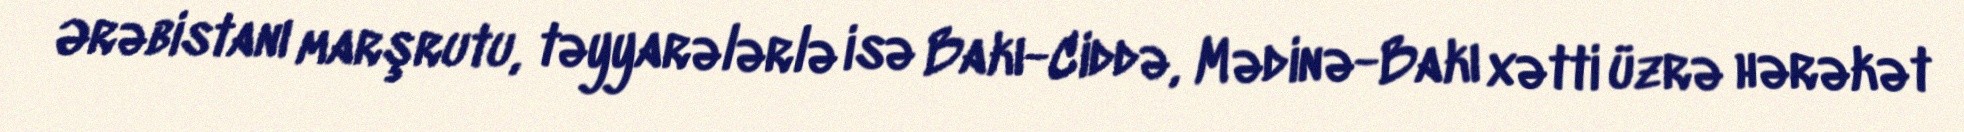
Ərəbistanı marşrutu, təyyarələrlə isə Bakı-Ciddə, Mədinə-Bakı xətti üzrə hərəkət